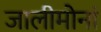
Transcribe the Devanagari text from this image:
जालीमोनां